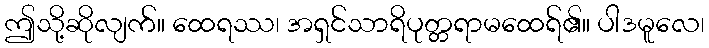
ဤသို့ဆိုလျက်။ ထေရဿ၊ အရှင်သာရိပုတ္တရာမထေရ်၏။ ပါဒမူလေ၊